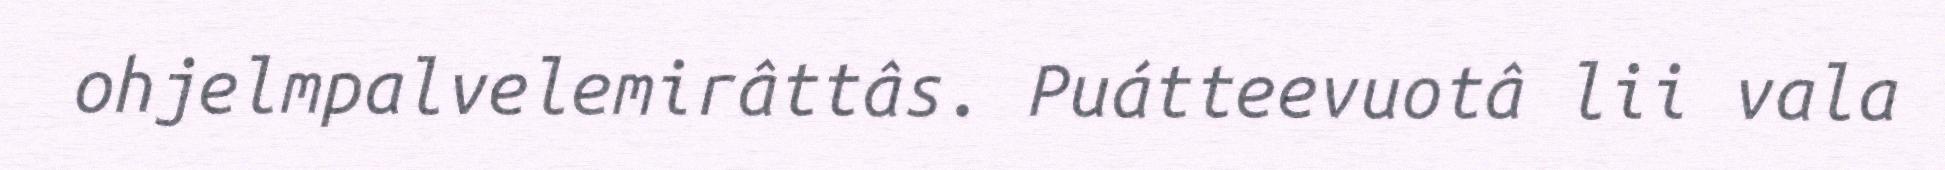
ohjelmpalvelemirâttâs. Puátteevuotâ lii vala